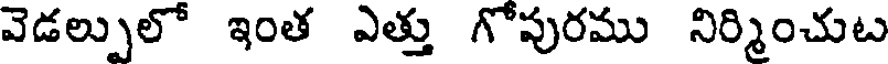
వెడల్పులో ఇంత ఎత్తు గోపురము నిర్మించుట